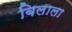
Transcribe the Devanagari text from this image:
बिलाला